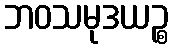
ဘဝသမုဒယဉ္စ